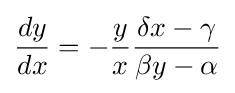
{\frac {dy}{dx}}=-{\frac {y}{x}}{\frac {\delta x-\gamma }{\beta y-\alpha }}